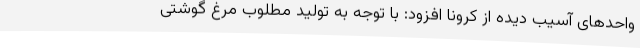
واحدهای آسیب دیده از کرونا افزود: با توجه به تولید مطلوب مرغ گوشتی